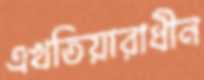
এখতিয়ারাধীন